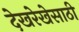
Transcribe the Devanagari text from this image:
देखरेखेसाठी